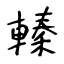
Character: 轃